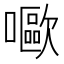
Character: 𡂿